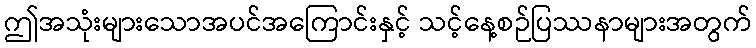
ဤအသုံးများသောအပင်အကြောင်းနှင့် သင့်နေ့စဉ်ပြဿနာများအတွက်